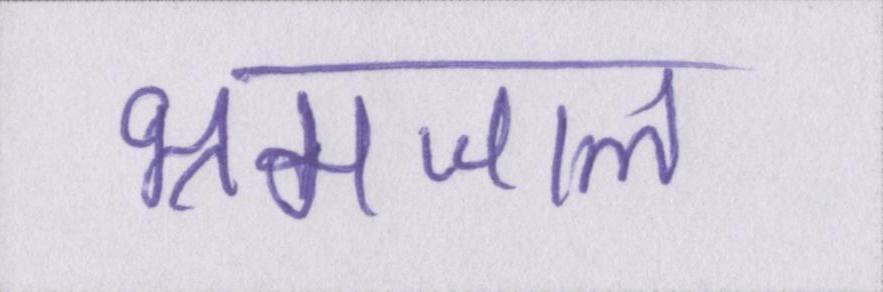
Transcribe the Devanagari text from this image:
भ्रमजाल